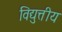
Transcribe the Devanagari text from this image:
विद्युत्तीय